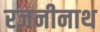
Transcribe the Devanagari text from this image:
रजनीनाथ